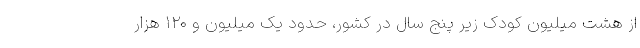
از هشت میلیون کودک زیر پنج سال در کشور، حدود یک میلیون و ۱۲۰ هزار